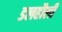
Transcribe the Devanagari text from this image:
डलहौली